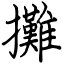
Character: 攤